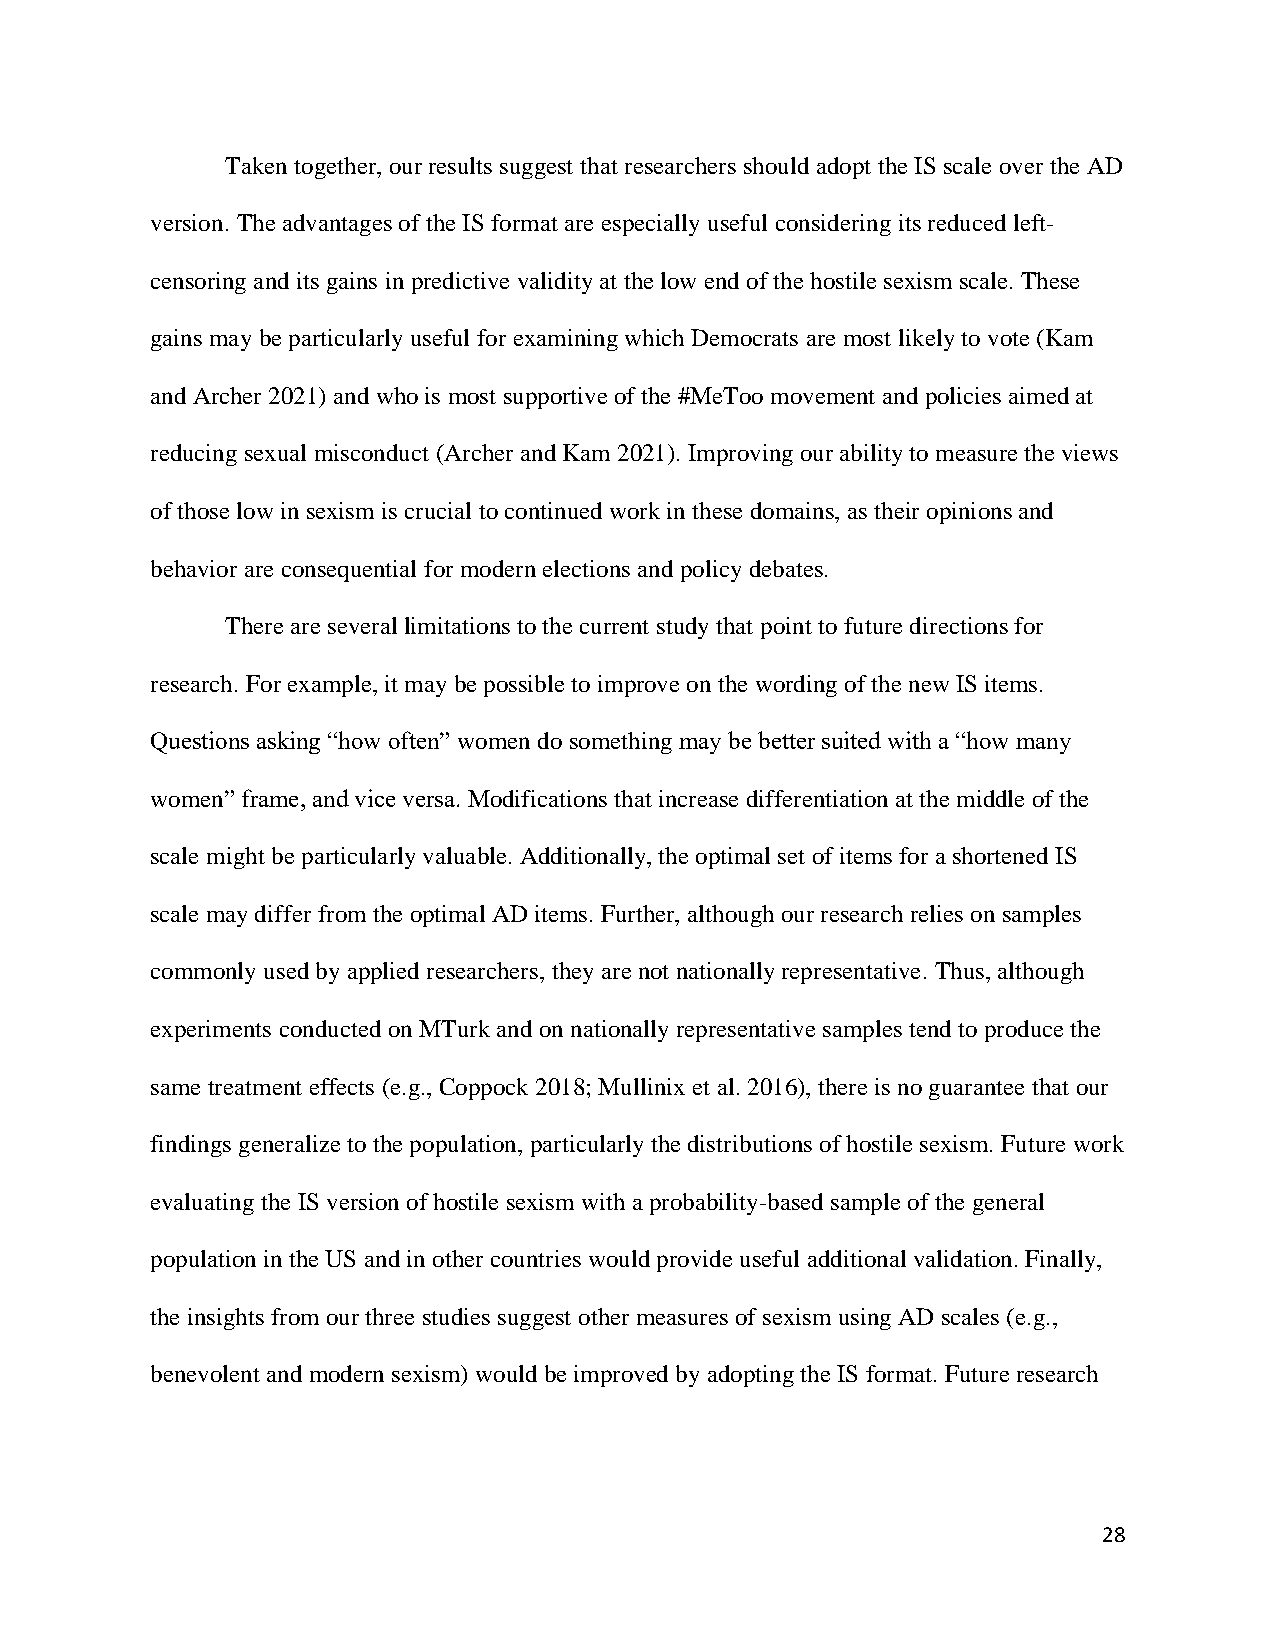
Taken together, our results suggest that researchers should adopt the IS scale over the AD
 version. The advantages of the IS format are especially useful considering its reduced left-
 censoring and its gains in predictive validity at the low end of the hostile sexism scale. These
 gains may be particularly useful for examining which Democrats are most likely to vote (Kam
 and Archer 2021) and who is most supportive of the #MeToo movement and policies aimed at
 reducing sexual misconduct (Archer and Kam 2021). Improving our ability to measure the views
 of those low in sexism is crucial to continued work in these domains, as their opinions and
 behavior are consequential for modern elections and policy debates.
 There are several limitations to the current study that point to future directions for
 research. For example, it may be possible to improve on the wording of the new IS items.
 Questions asking “how often” women do something may be better suited with a “how many
 women” frame, and vice versa. Modifications that increase differentiation at the middle of the
 scale might be particularly valuable. Additionally, the optimal set of items for a shortened IS
 scale may differ from the optimal AD items. Further, although our research relies on samples
 commonly used by applied researchers, they are not nationally representative. Thus, although
 experiments conducted on MTurk and on nationally representative samples tend to produce the
 same treatment effects (e.g., Coppock 2018; Mullinix et al. 2016), there is no guarantee that our
 findings generalize to the population, particularly the distributions of hostile sexism. Future work
 evaluating the IS version of hostile sexism with a probability-based sample of the general
 population in the US and in other countries would provide useful additional validation. Finally,
 the insights from our three studies suggest other measures of sexism using AD scales (e.g.,
 benevolent and modern sexism) would be improved by adopting the IS format. Future research
 28